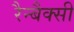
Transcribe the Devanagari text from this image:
रैन्बैक्सी